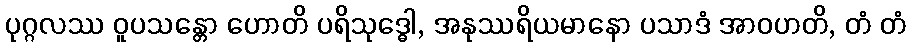
ပုဂ္ဂလဿ ဝူပသန္တော ဟောတိ ပရိသုဒ္ဓေါ, အနုဿရိယမာနော ပသာဒံ အာဝဟတိ, တံ တံ